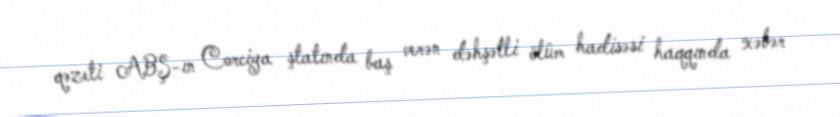
qəzeti ABŞ-ın Corciya ştatında baş verən dəhşətli ölüm hadisəsi haqqında xəbər